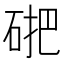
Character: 𱴃